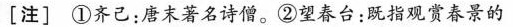
[注]①齐己：唐末著名诗僧。②望春台：既指观赏春景的